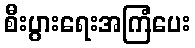
စီးပွားရေးအကြံပေး